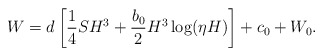
\begin{align*}W = d\left[\frac{1}{4}SH^3+\frac{b_0}{2}H^3\log(\eta H)\right]+c_0+W_0.\end{align*}